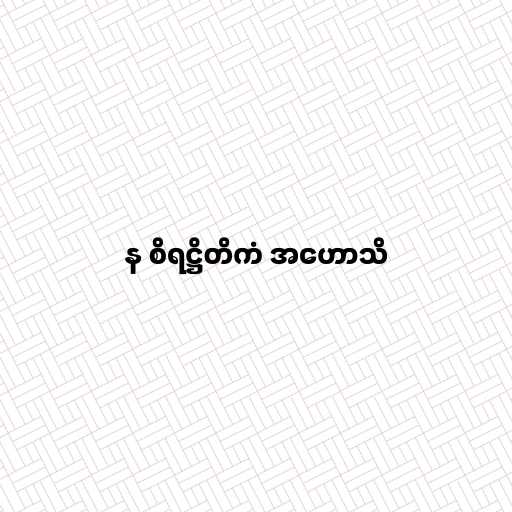
န စိရဋ္ဌိတိကံ အဟောသိ